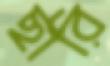
ছারি